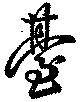
臺